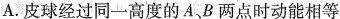
A.皮球经过同一高度的A、B两点时动能相等